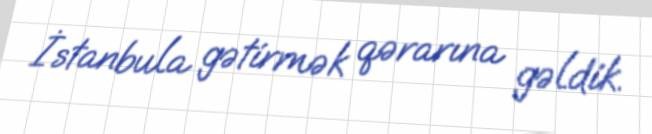
İstanbula gətirmək qərarına gəldik.